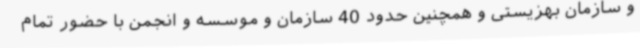
و سازمان بهزیستی و همچنین حدود 40 سازمان و موسسه و انجمن با حضور تمام